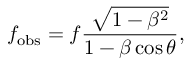
f _ { \mathrm { o b s } } = f \frac { \sqrt { 1 - \beta ^ { 2 } } } { 1 - \beta \cos \theta } ,